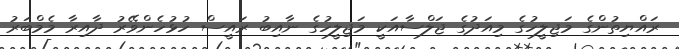
ރައްޔިތުންގެ މަޖިލީހުގެ މިއަދުގެ ޖަލްސާއަކީ މަޖިލީހުގެ ނާއިބު ރައީސް ހުޅުހެންވޭރު ދާއިރާ މެމްބަރު